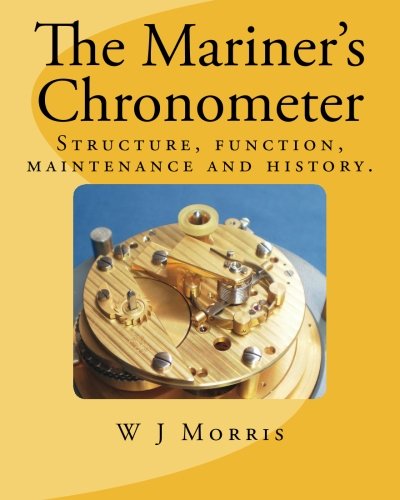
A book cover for The Mariner's Chronometer: Structure, function, maintenance and history.; W J Morris; Crafts, Hobbies & Home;